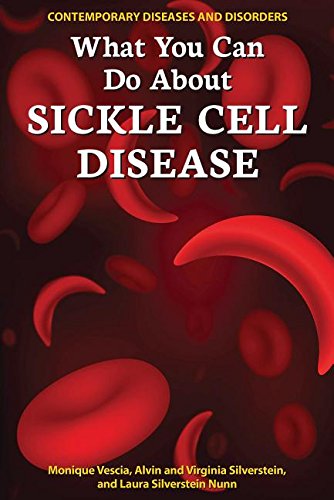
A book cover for What You Can Do about Sickle Cell Disease (Contemporary Diseases and Disorders); Monique Vescia; Teen & Young Adult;